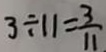
3 \div 1 1 = \frac { 3 } { 1 1 }